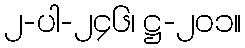
၂-ပါ-၂၄၆၊ ဋ္ဌ-၂၀၁။